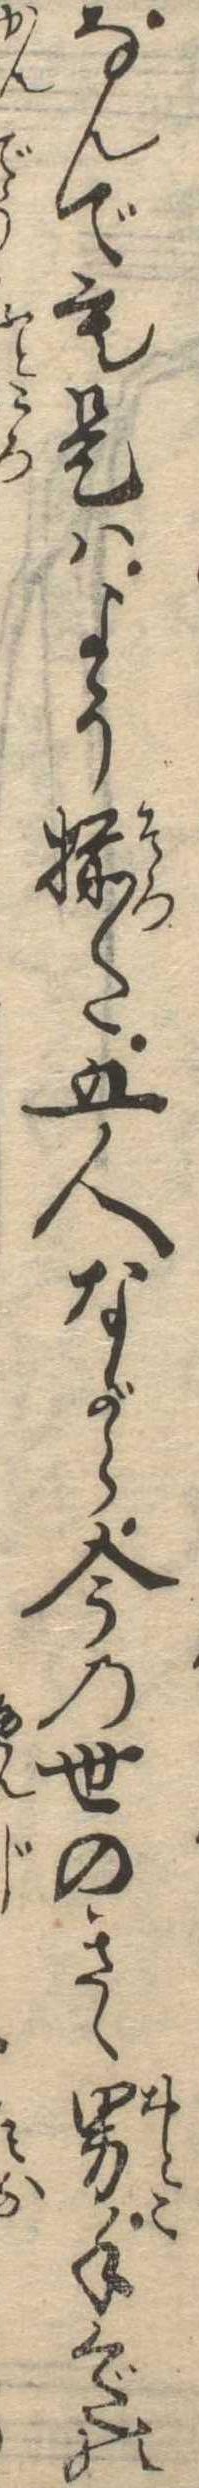
なんでも是はよう揃た五人ながら今の世のきゝ男手くだの